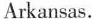
Arkansas.